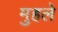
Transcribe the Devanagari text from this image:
मुहले